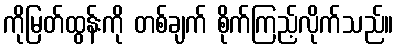
ကိုမြတ်ထွန်းကို တစ်ချက် စိုက်ကြည့်လိုက်သည်။